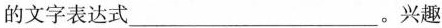
的文字表达式___。兴趣